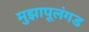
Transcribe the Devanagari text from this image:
मुझापूलंगड